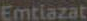
Emtiazat